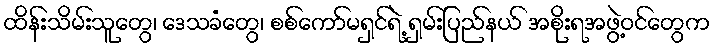
ထိန်းသိမ်းသူတွေ၊ ဒေသခံတွေ၊ စစ်ကော်မရှင်ရဲ့ ရှမ်းပြည်နယ် အစိုးရအဖွဲ့ဝင်တွေက